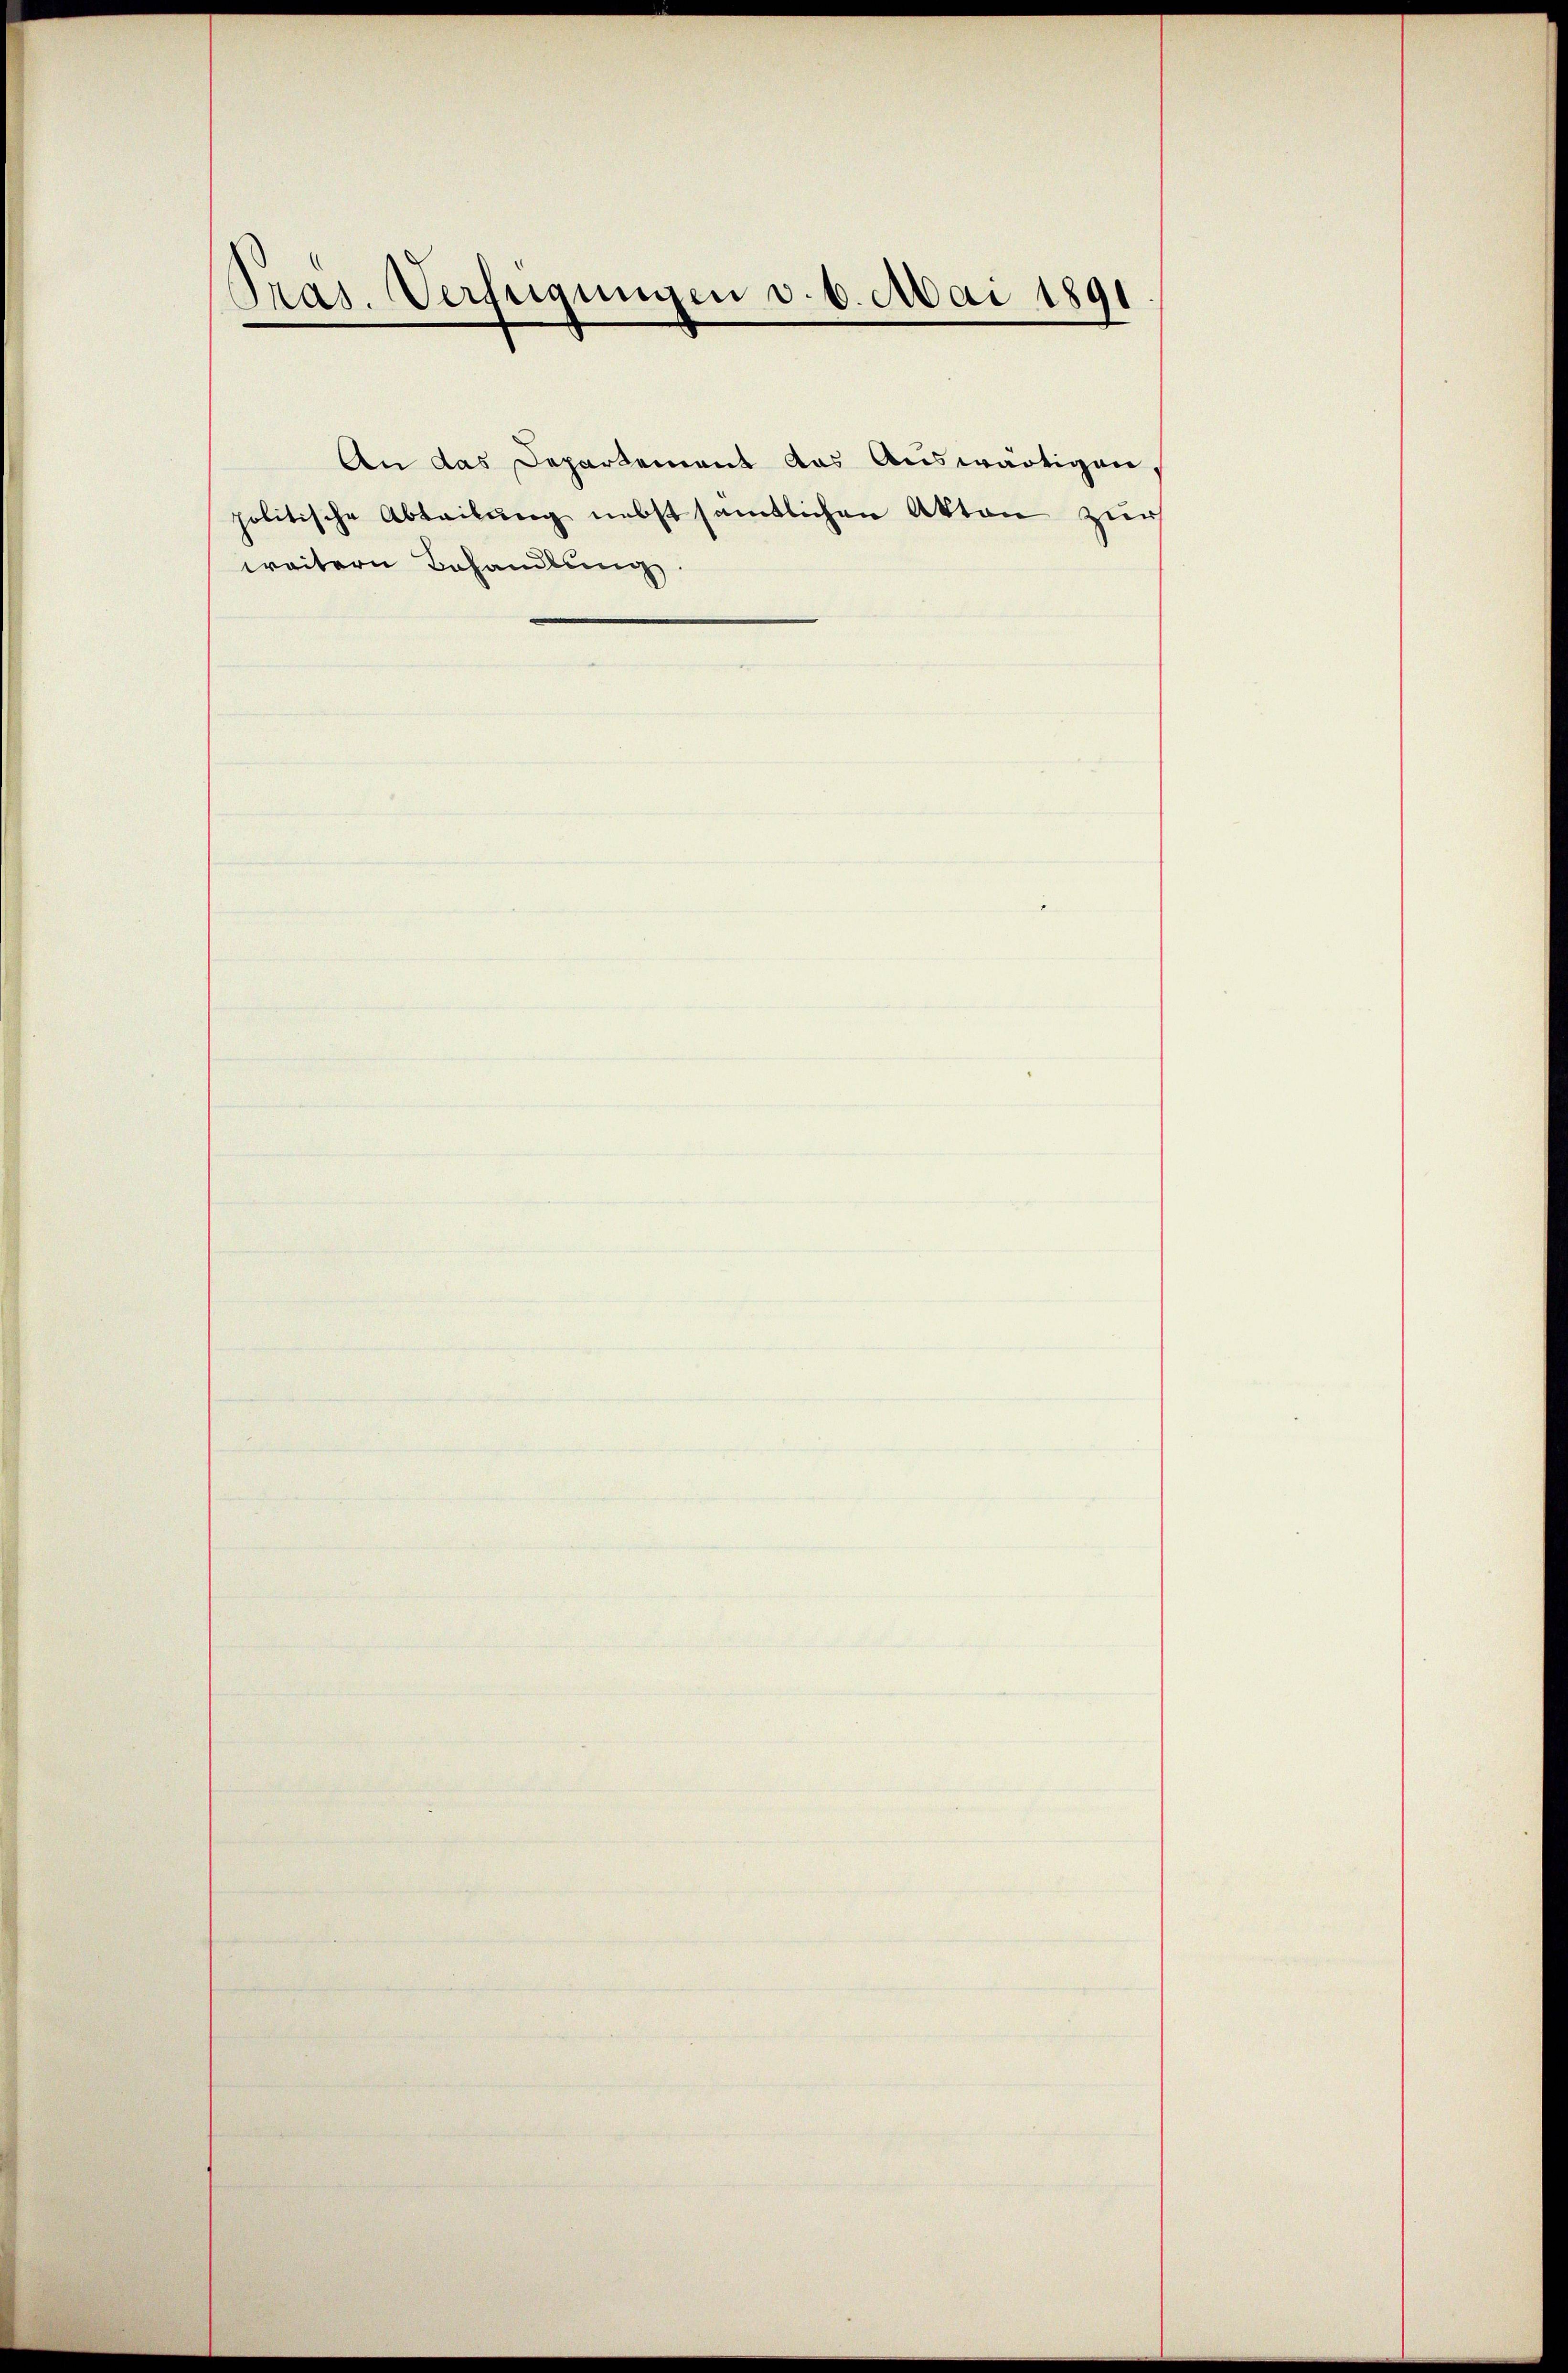
Pras. Verfügungen d. 6. Mai 1891

An das Departement das Auswärtigen,
politische Abteilung nebst sämtlichen Akten zur
weitern Behandlung.